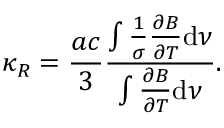
\kappa _ { R } = \frac { a c } { 3 } \frac { \int \frac { 1 } { \sigma } \frac { \partial B } { \partial T } \mathrm { d } \nu } { \int \frac { \partial B } { \partial T } \mathrm { d } \nu } .